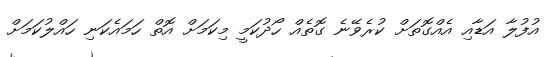
އުފުލާ އަޑާއި އެއްގޮތަށް ކުރެވޭނެ ގޮތެއް ހޯދުކަމީ މިކަމަށް އޮތް ހަމައެކަނި ހައްލުކަމަށް